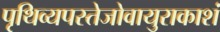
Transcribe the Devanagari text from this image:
पृथिव्यपस्तेजोवायुराकाशं